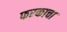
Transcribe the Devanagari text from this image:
फरकाचा